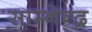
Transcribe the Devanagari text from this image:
साम्नेन्द्र